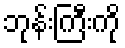
ဘုန်းကြီးကို